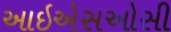
આઇએસઓસી